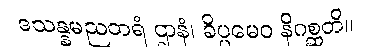
ဒသန္နမညတရံ ဌာနံ၊ ခိပ္ပမေဝ နိဂစ္ဆတိ။